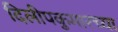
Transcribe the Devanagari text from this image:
दिलीपकुमारच्या